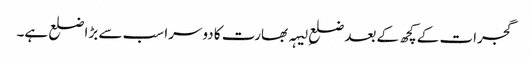
گجرات کے کچھ کے بعد ضلعِ لیہہ بھارت کا دوسرا سب سے بڑا ضلع ہے۔